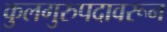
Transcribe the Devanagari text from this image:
कुलगुरुपदावरून